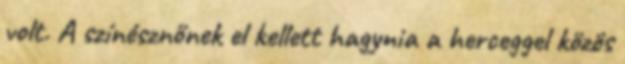
volt. A színésznőnek el kellett hagynia a herceggel közös